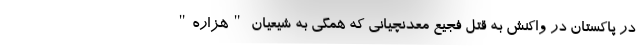
در پاکستان در واکنش به قتل فجیع معدنچیانی که همگی به شیعیان "هزاره"